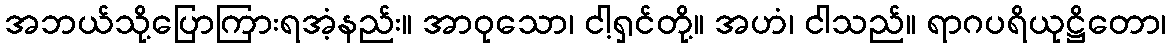
အဘယ်သို့ပြောကြားရအံ့နည်း။ အာဝုသော၊ ငါ့ရှင်တို့။ အဟံ၊ ငါသည်။ ရာဂပရိယုဋ္ဌိတော၊